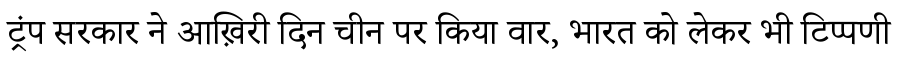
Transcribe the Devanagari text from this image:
ट्रंप सरकार ने आख़िरी दिन चीन पर किया वार, भारत को लेकर भी टिप्पणी